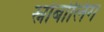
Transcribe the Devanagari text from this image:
स्नोबोलिंग